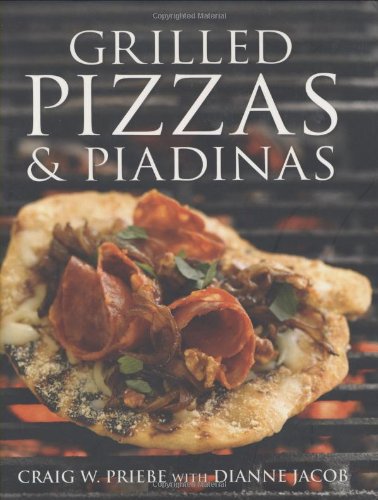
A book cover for Grilled Pizzas and Piadinas; Craig Priebe; Cookbooks, Food & Wine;